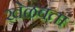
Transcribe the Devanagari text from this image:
खेळवता